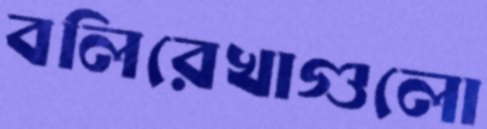
বলিরেখাগুলো